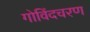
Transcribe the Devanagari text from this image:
गोविंदचरण